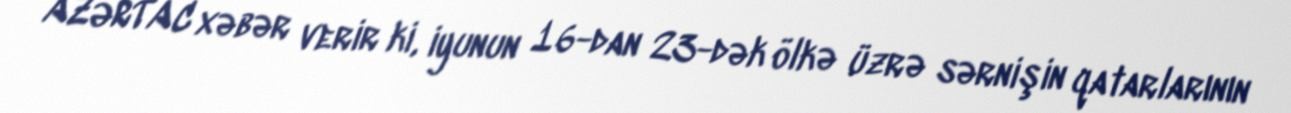
AZƏRTAC xəbər verir ki, iyunun 16-dan 23-dək ölkə üzrə sərnişin qatarlarının